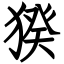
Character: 猤